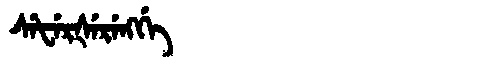
Manchu: ᠰᡝᡶᡝᡵᡧᡝᡵᡝᠩᡤᡝ
Romanization: SEFERŠERENGGE